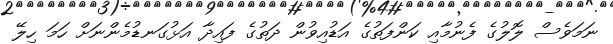
ނަމަވެސް ލޮލުގެ ފެނުމާއި ކަންފަތުގެ އަޑުއިވުން ދަތުގެ ފައިދާ އަޅުގަނޑުމެންނަށް ހަމަ ހިލޭ